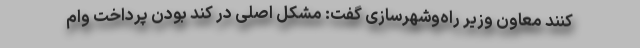
کنند معاون وزیر راه‌وشهرسازی گفت:‌ مشکل اصلی در کند بودن پرداخت وام